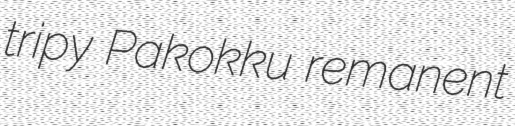
tripy Pakokku remanent